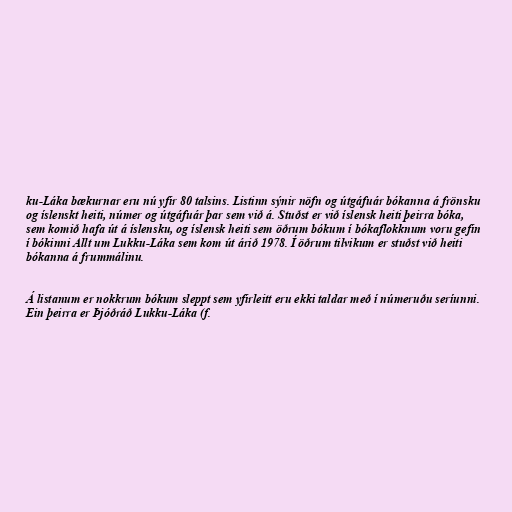
ku-Láka bækurnar eru nú yfir 80 talsins. Listinn sýnir nöfn og útgáfuár bókanna á frönsku
og íslenskt heiti, númer og útgáfuár þar sem við á. Stuðst er við íslensk heiti þeirra bóka,
sem komið hafa út á íslensku, og íslensk heiti sem öðrum bókum í bókaflokknum voru gefin
í bókinni Allt um Lukku-Láka sem kom út árið 1978. Í öðrum tilvikum er stuðst við heiti
bókanna á frummálinu.

Á listanum er nokkrum bókum sleppt sem yfirleitt eru ekki taldar með í númeruðu seríunni.
Ein þeirra er Þjóðráð Lukku-Láka (f.